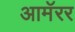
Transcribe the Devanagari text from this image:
आमॅरर